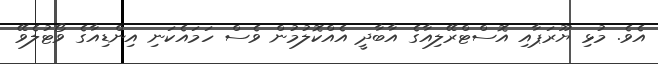
އެވެ. މުޅި ޔޫރަޕާއި އޮސްޓްރޭލިއާގެ އާބާދީ އެއްކޮލުމުން ވެސް ހަމައެކަނި އިންޑިއާގެ ވޯޓުލެވޭ